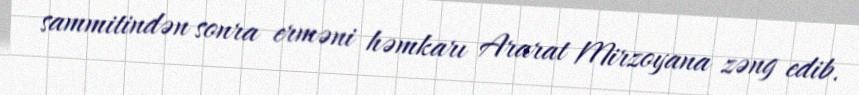
sammitindən sonra erməni həmkarı Ararat Mirzoyana zəng edib.